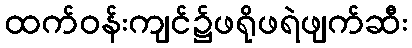
ထက်ဝန်းကျင်၌ဖရိုဖရဲဖျက်ဆီး